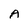
Character: A